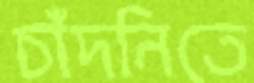
চাঁদনিতে